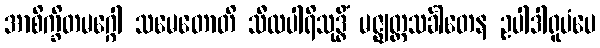
အာစိက္ခိတမဂ္ဂေါ သမေတောတိ သီလပါရိသုဒ္ဓိံ မဇ္ဈတ္တသင်္ခါတေန ဥပါဒါရူပံပေ